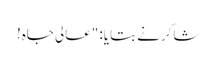
شاکر نے بتایا: "عالی جاہ!